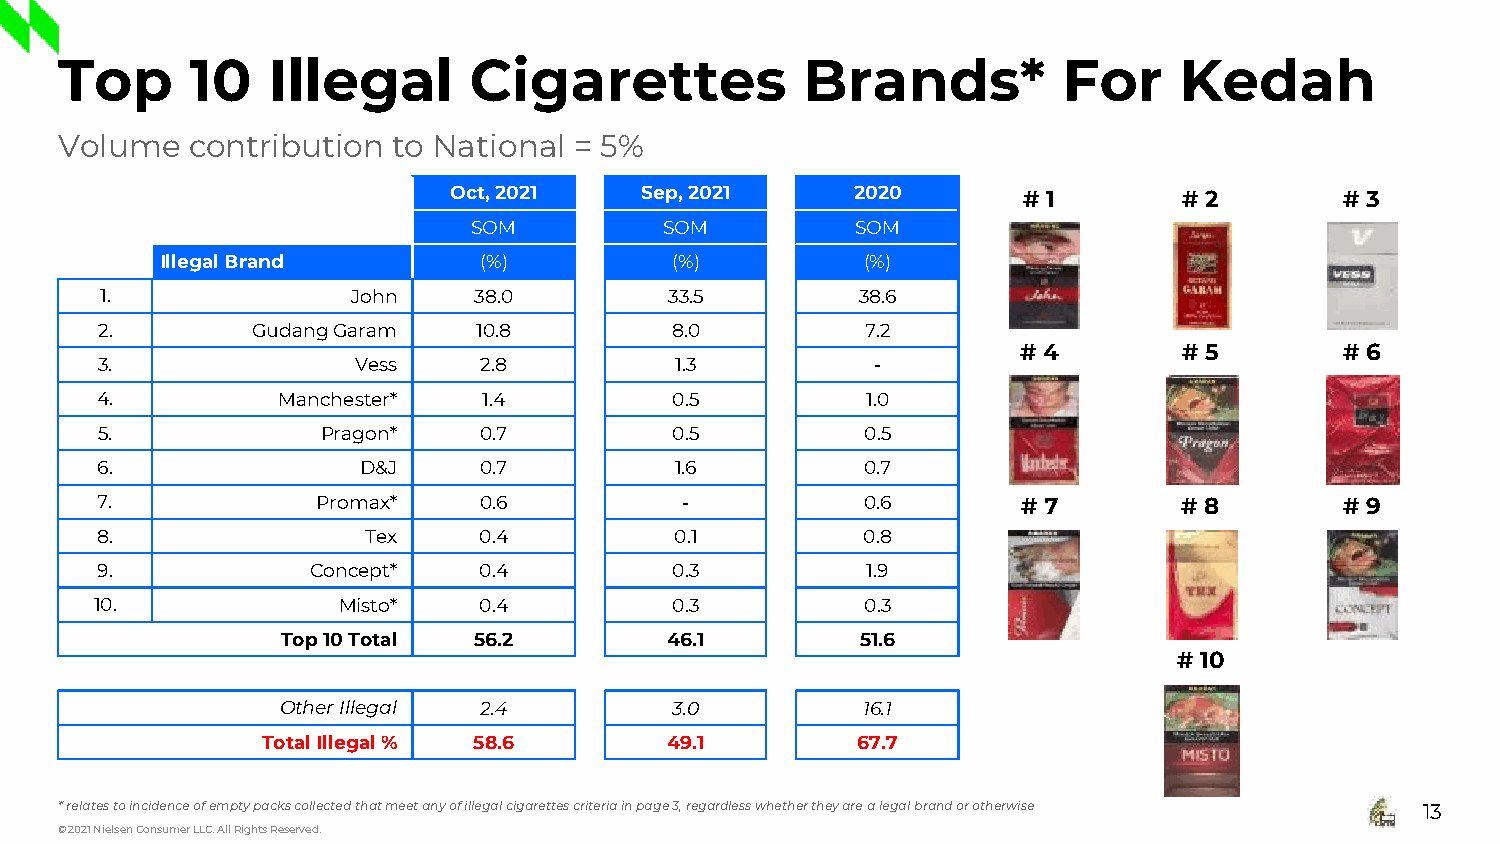
Top      10   Illegal      Cigarettes            Brands*          For     Kedah
 Volume   contribution to National = 5%
 Oct, 2021   Sep, 2021      2020       # 1       # 2        # 3
 SOM          SOM          SOM
 Illegal Brand        (%)         (%)          (%)
 1.              John    38.0         33.5         38.6
 2.         GudangGaram    10.8        8.0          7.2
 # 4       # 5        # 6
 3.               Vess     2.8          1.3          -
 4.          Manchester*   1.4          0.5         1.0
 5.             Pragon*    0.7          0.5         0.5
 6.                D&J     0.7          1.6         0.7
 7.             Promax*    0.6          -           0.6        # 7       # 8        # 9
 8.                Tex     0.4          0.1         0.8
 9.             Concept*   0.4          0.3         1.9
 10.             Misto*    0.4          0.3         0.3
 Top 10Total 56.2         46.1         51.6
 # 10
 Other Illegal 2.4         3.0         16.1
 Total Illegal% 58.6        49.1         67.7
 * relates to incidence of empty packs collected that meet any of illegal cigarettes criteria in page 3, regardless whether they are a legal brand or otherwise 13
 © 2021 Nielsen Consumer LLC. All Rights Reserved.